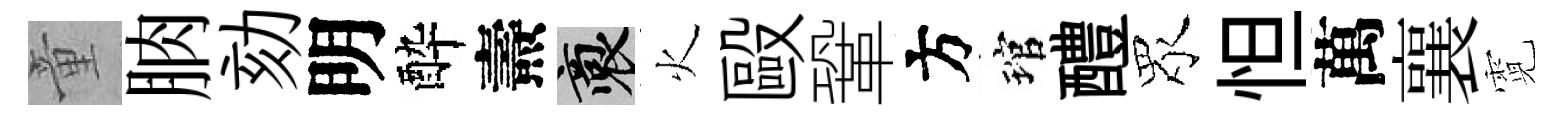
童朒劾明酔燾裔火毆鞏方琯醴眾怛萬襄霓